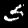
Digit: 5